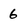
Character: 6